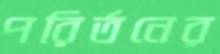
পরির্তনের